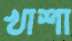
খাশা